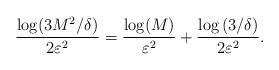
LaTeX: \begin{align*} \frac{\log(3M^2/\delta)}{2\varepsilon^2} =\frac{\log(M)}{\varepsilon^2} + \frac{\log\left(3/\delta\right)}{2\varepsilon^2}. \end{align*}